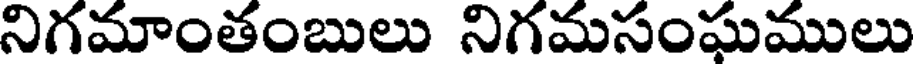
నిగమాంతంబులు నిగమసంఘములు